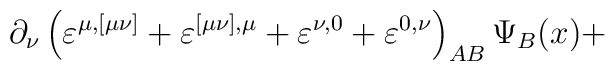
\partial _\nu \left( \varepsilon ^{\mu ,[\mu \nu ]}+\varepsilon ^{[\mu \nu],\mu }+\varepsilon ^{\nu ,0}+\varepsilon ^{0,\nu }\right)_{AB}\Psi _B(x)+